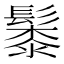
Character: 䰍